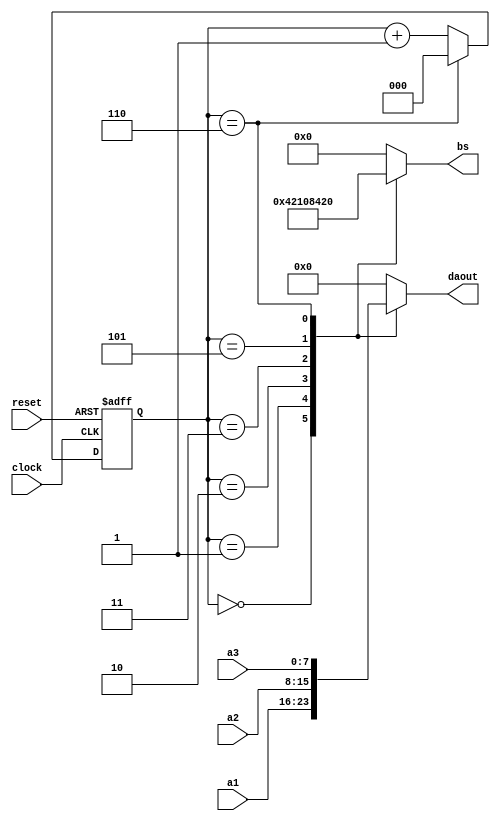
/*
 * Dy_scan
 * ---------------------
 * For: University of Leeds
 *
 * Description
 * ------------
 * 
 *
 */
module Dy_scan(
reset,
clock,
a1,
a2,
a3,
daout,
bs
);

input reset;
input clock;
input [7:0]  a1;
input [7:0]  a2;
input [7:0]  a3;
output [3:0] daout;
reg [3:0]    daout;
output [5:0] bs;
reg [5:0]    bs;

reg[2:0] sec;

always @(posedge clock or negedge reset)
      begin
		  if(!reset)
		   begin
		      sec<=3'b000;
		   end
		 else
         if (sec == 3'b110)
            sec <= 3'b000;
         else  
            sec <= sec + 1;
      end
 
 always @(sec  or a1 or a2 or a3)
    begin
	  case(sec)
	  3'b000:
	      begin 
				daout <= a1[7:4];bs<=6'b000001;end
	  3'b001:
			begin
            daout <= a1[3:0];bs<=6'b000010;end
     3'b010:
			begin
            daout <= a2[7:4];bs<=6'b000100;end
     3'b011:
			begin
            daout <= a2[3:0];bs<=6'b001000;end
	  3'b101:
			begin
            daout <= a3[7:4];bs<=6'b010000;end
     3'b110:
			begin
            daout <= a3[3:0];bs<=6'b100000;end
				
			default :
			begin
            daout <= 4'b0000;bs<=6'b000000;end
         endcase
			end

	endmodule